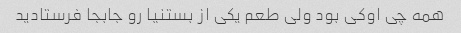
همه چی اوکی بود ولی طعم یکی از بستنیا رو جابجا فرستادید